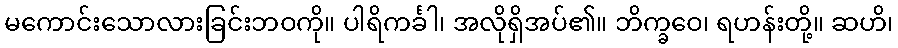
မကောင်းသောလားခြင်းဘဝကို။ ပါရိကင်္ခါ၊ အလိုရှိအပ်၏။ ဘိက္ခဝေ၊ ရဟန်းတို့။ ဆဟိ၊